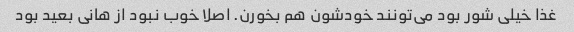
غذا خیلی شور بود می‌تونند خودشون هم بخورن. اصلا خوب نبود از هانی بعید بود